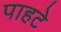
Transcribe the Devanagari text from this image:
पाहटे